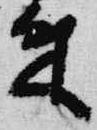
来